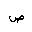
Letter: _sad